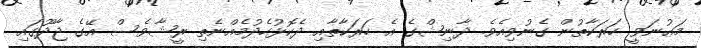
މަޢުނަވީ ހަރަކާތުން ގެނުވިއެވެ. ދާނިޝްގެ އެ ހަރަކާތާާއި ދެކޮޅުހެދުމެއްނެތި ރީޝާވެސް އޭގެ ޖާދޫގައި